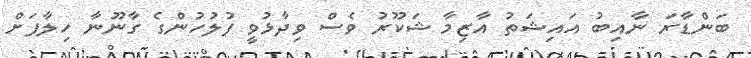
ބަންޑާރަ ނާއިބު އައިޝަތު އާޒިމާ ޝަކޫރު ވެސް ވިދާޅުވީ ފުލުހުންގެ ގާނޫނާ ހިލާފަށް